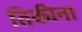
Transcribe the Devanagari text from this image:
तिकीना